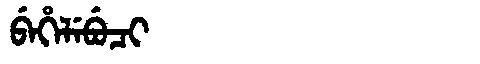
Manchu: ᠪᡝᡥᡝᠯᡝᠪᡠᠴᡳ
Romanization: BEHELEBUCI